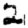
Digit: 2